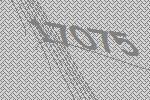
17075